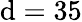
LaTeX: \mathrm{d}=35